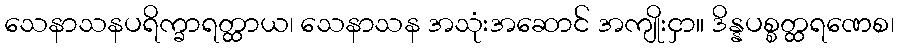
သေနာသနပရိက္ခာရတ္ထာယ၊ သေနာသန အသုံးအဆောင် အကျိုးငှာ။ ဒိန္နပစ္စတ္ထရဏေစ၊